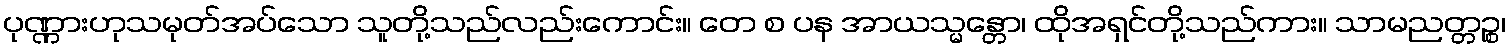
ပုဏ္ဏားဟုသမုတ်အပ်သော သူတို့သည်လည်းကောင်း။ တေ စ ပန အာယသ္မန္တော၊ ထိုအရှင်တို့သည်ကား။ သာမညတ္တဉ္စ၊